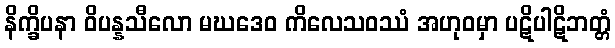
နိက္ခိပနာ ဝိပန္နသီလော မဃဒေဝ ကိလေသဝဿံ အဟုဝမှာ ပဋိပါဋိဘတ္တံ